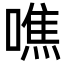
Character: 噍